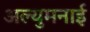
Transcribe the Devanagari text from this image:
अल्युमनाई